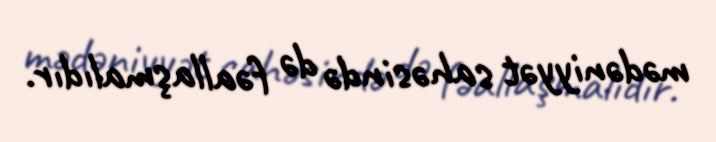
mədəniyyət sahəsində də fəallaşmalıdır.